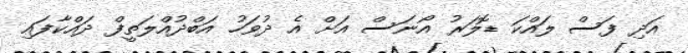
އަދި ފަސް ލައްކަ ޑޮލަރު އޯނަސް އަށް އެ ދުވަހު އަބްދުއްލަތީފް ދައްކާފައި